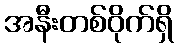
အနီးတစ်ဝိုက်ရှိ